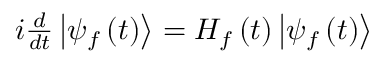
\begin{array} { r } { i \frac { d } { d t } \left\vert \psi _ { f } \left( t \right) \right\rangle = H _ { f } \left( t \right) \left\vert \psi _ { f } \left( t \right) \right\rangle } \end{array}